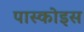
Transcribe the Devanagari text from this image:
पास्कोइस